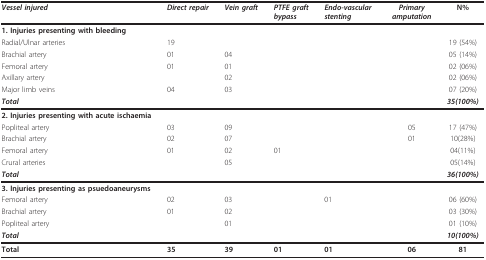
<table><thead><tr><td><b><i>Vessel injured</i></b></td><td><b><i>Direct repair</i></b></td><td><b><i>Vein graft</i></b></td><td><b><i>PTFE graft</i><i>bypass</i></b></td><td><b><i>Endo-vascular</i><i>stenting</i></b></td><td><b><i>Primary</i><i>amputation</i></b></td><td><b>N%</b></td></tr></thead><tbody><tr><td><b>1. Injuries presenting with bleeding</b></td><td></td><td></td><td></td><td></td><td></td><td></td></tr><tr><td>Radial/Ulnar arteries</td><td>19</td><td></td><td></td><td></td><td></td><td>19 (54%)</td></tr><tr><td>Brachial artery</td><td>01</td><td>04</td><td></td><td></td><td></td><td>05 (14%)</td></tr><tr><td>Femoral artery</td><td>01</td><td>01</td><td></td><td></td><td></td><td>02 (06%)</td></tr><tr><td>Axillary artery</td><td></td><td>02</td><td></td><td></td><td></td><td>02 (06%)</td></tr><tr><td>Major limb veins</td><td>04</td><td>03</td><td></td><td></td><td></td><td>07 (20%)</td></tr><tr><td><b><i>Total</i></b></td><td></td><td></td><td></td><td></td><td></td><td><b><i>35(100%)</i></b></td></tr><tr><td><b>2. Injuries presenting with acute ischaemia</b></td><td></td><td></td><td></td><td></td><td></td><td></td></tr><tr><td>Popliteal artery</td><td>03</td><td>09</td><td></td><td></td><td>05</td><td>17 (47%)</td></tr><tr><td>Brachial artery</td><td>02</td><td>07</td><td></td><td></td><td>01</td><td>10(28%)</td></tr><tr><td>Femoral artery</td><td>01</td><td>02</td><td>01</td><td></td><td></td><td>04(11%)</td></tr><tr><td>Crural arteries</td><td></td><td>05</td><td></td><td></td><td></td><td>05(14%)</td></tr><tr><td><b><i>Total</i></b></td><td></td><td></td><td></td><td></td><td></td><td><b><i>36(100%)</i></b></td></tr><tr><td><b>3. Injuries presenting as psuedoaneurysms</b></td><td></td><td></td><td></td><td></td><td></td><td></td></tr><tr><td>Femoral artery</td><td>02</td><td>03</td><td></td><td>01</td><td></td><td>06 (60%)</td></tr><tr><td>Brachial artery</td><td>01</td><td>02</td><td></td><td></td><td></td><td>03 (30%)</td></tr><tr><td>Popliteal artery</td><td></td><td>01</td><td></td><td></td><td></td><td>01 (10%)</td></tr><tr><td><b><i>Total</i></b></td><td></td><td></td><td></td><td></td><td></td><td><b><i>10(100%)</i></b></td></tr><tr><td><b>Total</b></td><td><b>35</b></td><td><b>39</b></td><td><b>01</b></td><td><b>01</b></td><td><b>06</b></td><td><b>81</b></td></tr></tbody></table>